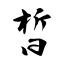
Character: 晳